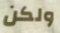
ولكن